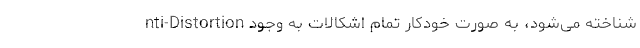
nti-Distortion شناخته می‌شود، به صورت خودکار تمام اشکالات به وجود